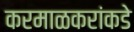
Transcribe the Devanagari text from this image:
करमाळकरांकडे